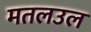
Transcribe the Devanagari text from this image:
मतलउल